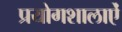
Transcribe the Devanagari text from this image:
प्रयोगशालाऐं